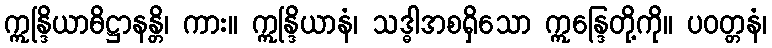
ဣန္ဒြိယာဓိဋ္ဌာနန္တိ၊ ကား။ ဣန္ဒြိယာနံ၊ သဒ္ဓါအစရှိသော ဣန္ဒြေတို့ကို။ ပဝတ္တနံ၊